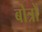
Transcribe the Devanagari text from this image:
बोत्रों